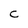
Character: C